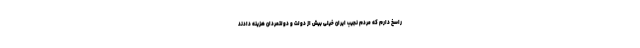
راسخ دارم که مردم نجیب ایران خیلی بیش از دولت و دولتمردان هزینه دادند